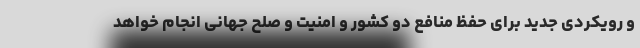
و رویکردی جدید برای حفظ منافع دو کشور و امنیت و صلح جهانی انجام خواهد